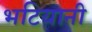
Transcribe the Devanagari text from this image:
भटियानी